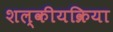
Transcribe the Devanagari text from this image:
शल्कीयक्रिया